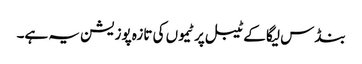
بنڈس لیگا کے ٹیبل پر ٹیموں کی تازہ پوزیشن یہ ہے۔